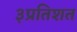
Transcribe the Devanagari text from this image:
३प्रतिशत